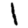
Digit: 1